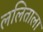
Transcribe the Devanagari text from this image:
ललिताला